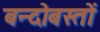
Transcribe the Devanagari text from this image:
बन्दोबस्तों